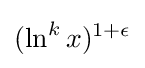
(\ln ^{k}x)^{1+\epsilon }